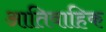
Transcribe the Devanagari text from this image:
आतिवाहिक